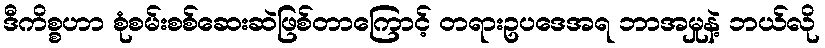
ဒီကိစ္စဟာ စုံစမ်းစစ်ဆေးဆဲဖြစ်တာကြောင့် တရားဥပဒေအရ ဘာအမှုနဲ့ ဘယ်လို